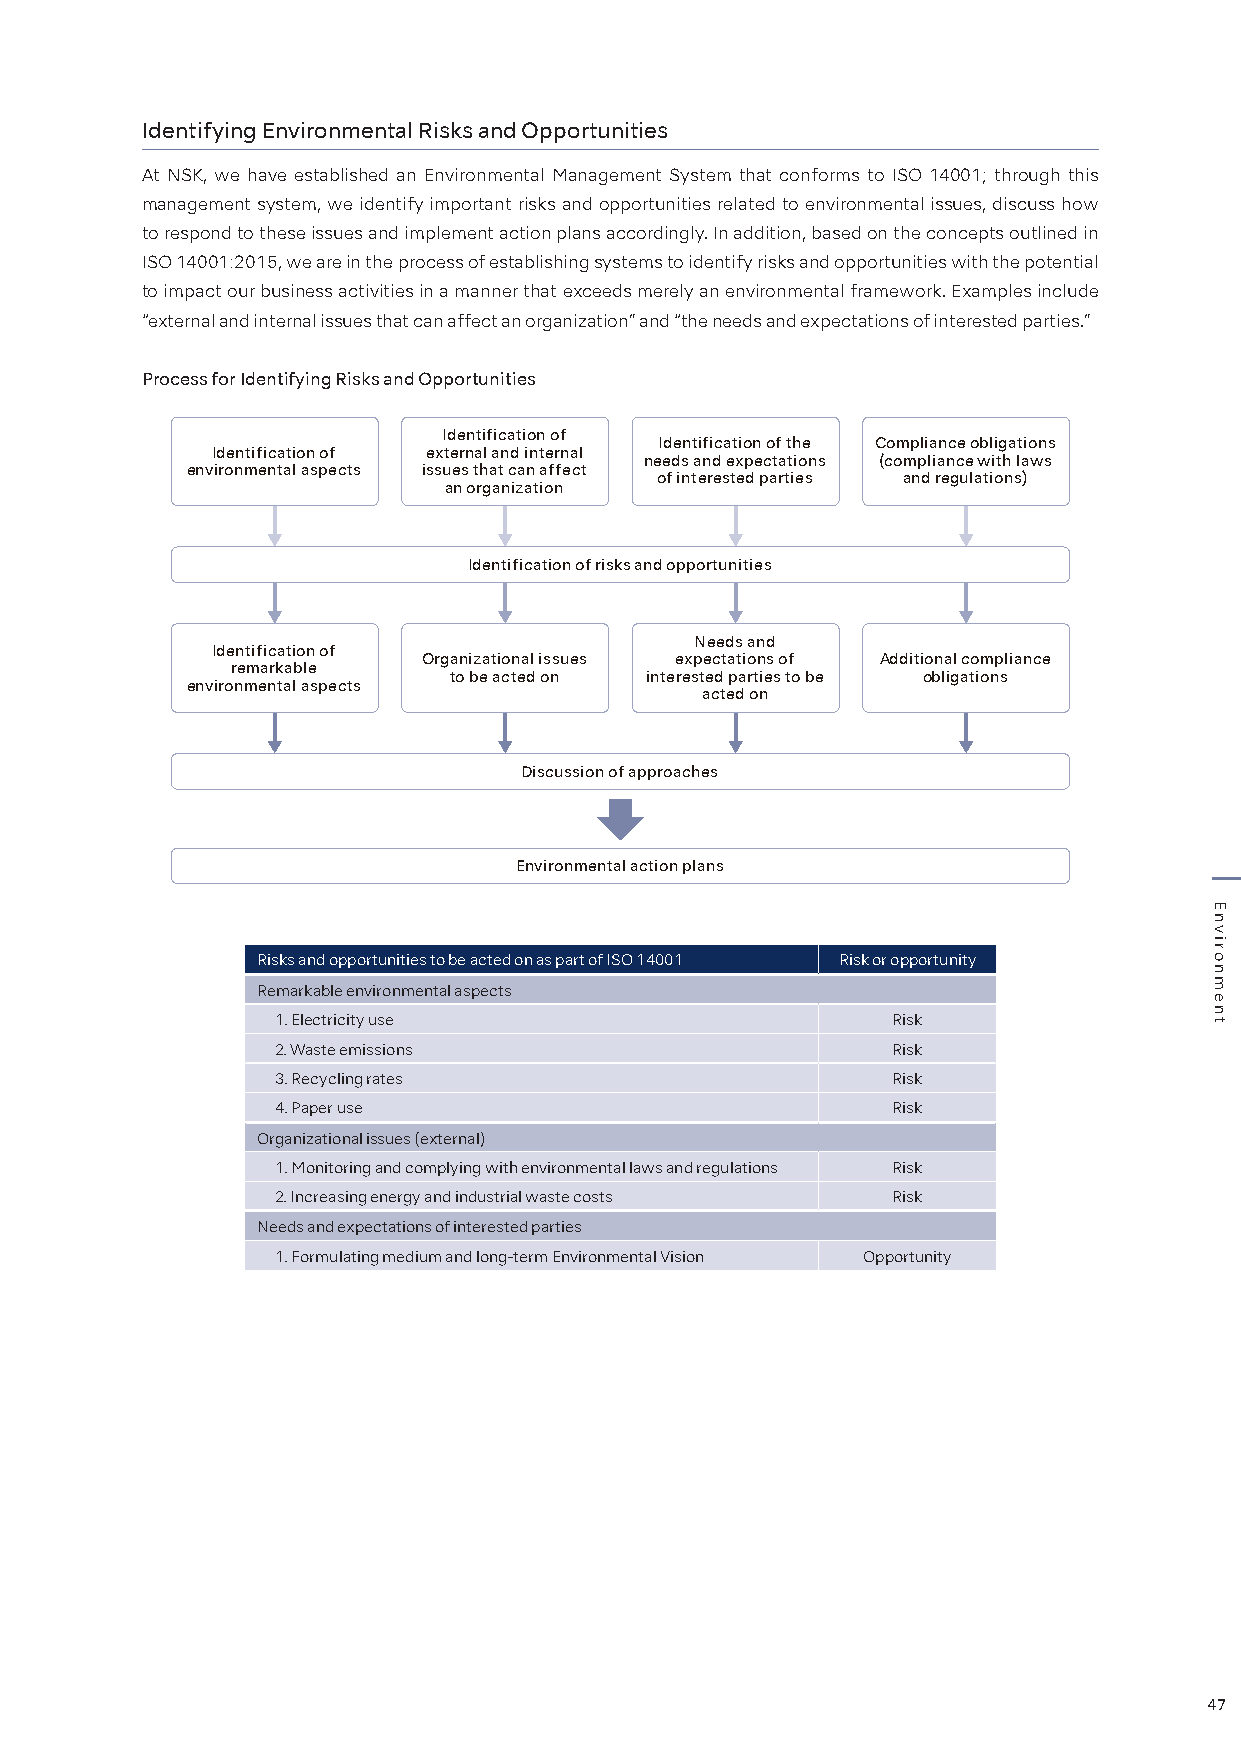
Identifying Environmental Risks and Opportunities
 At NSK, we have established an Environmental Management System that conforms to ISO 14001; through this
 management system, we identify important risks and opportunities related to environmental issues, discuss how
 to respond to these issues and implement action plans accordingly. In addition, based on the concepts outlined in
 ISO 14001:2015, we are in the process of establishing systems to identify risks and opportunities with the potential
 to impact our business activities in a manner that exceeds merely an environmental framework. Examples include
 “external and internal issues that can affect an organization” and “the needs and expectations of interested parties.”
 Process for Identifying Risks and Opportunities
 Identification of
 Identification of the Compliance obligations
 Identification of external and internal
 needs and expectations (compliance with laws
 environmental aspects issues that can affect
 of interested parties and regulations)
 an organization
 Identification of risks and opportunities
 Needs and
 Identification of
 Organizational issues expectations of Additional compliance
 remarkable
 to be acted on interested parties to be obligations
 environmental aspects
 acted on
 Discussion of approaches
 Environmental action plans
 Risks and opportunities to be acted on as part of ISO 14001 Risk or opportunity
 Remarkable environmental aspects
 1. Electricity use                       Risk
 2. Waste emissions                       Risk
 3. Recycling rates                       Risk
 4. Paper use                             Risk
 Organizational issues (external)
 1. Monitoring and complying with environmental laws and regulations Risk
 2. Increasing energy and industrial waste costs Risk
 Needs and expectations of interested parties
 1. Formulating medium and long-term Environmental Vision Opportunity
 47
 Environment